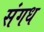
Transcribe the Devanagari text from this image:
संगध